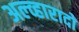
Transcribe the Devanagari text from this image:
अल्व्हारादो